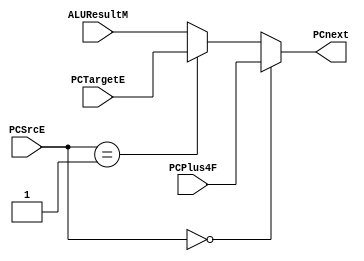
module pc_mux (input  [31:0] PCPlus4F,PCTargetE,ALUResultM,input  [1:0] PCSrcE,output [31:0] PCnext);
     assign PCnext = (PCSrcE==2'b00)?PCPlus4F:(PCSrcE==2'b01)?PCTargetE:ALUResultM;
endmodule